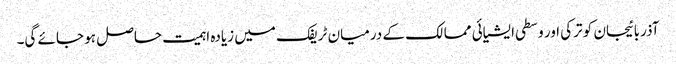
آذربائیجان کو ترکی اور وسطی ایشیائی ممالک کے درمیان ٹریفک میں زیادہ اہمیت حاصل ہو جائے گی۔